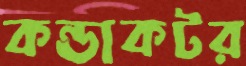
কন্ডাকটর